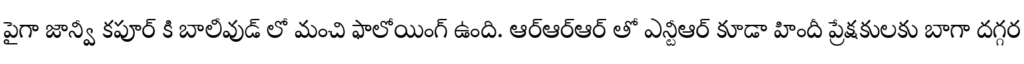
పైగా జాన్వీ కపూర్ కి బాలీవుడ్ లో మంచి ఫాలోయింగ్ ఉంది. ఆర్ఆర్ఆర్ తో ఎన్టీఆర్ కూడా హిందీ ప్రేక్షకులకు బాగా దగ్గర